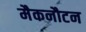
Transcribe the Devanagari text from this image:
मैकनौटन